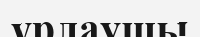
ұрлаушы